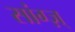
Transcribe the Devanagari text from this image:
सांग्ज़्‌